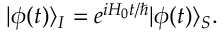
| \phi ( t ) \rangle _ { I } = e ^ { i H _ { 0 } t / \hbar } | \phi ( t ) \rangle _ { S } .